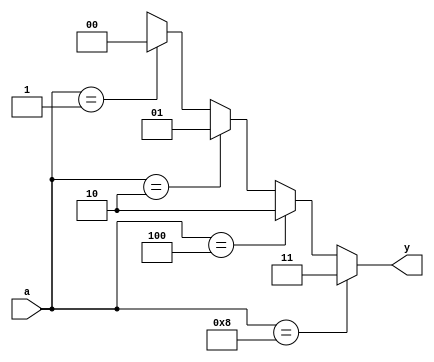
module enc_4to2_for(a, y);
    input  [3:0] a;
    output [1:0] y;
    reg    [1:0] y;
    reg    [3:0] temp;
    integer n;

    always @(a) begin
        temp = 4'b0001;
        y = 2'bx;
        for (n = 0; n < 4; n = n + 1) begin
            if(a == temp)
                y = n;
            temp = temp << 1;
        end
    end
endmodule